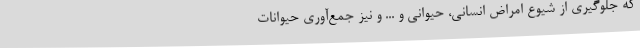
که جلوگیری از شیوع امراض انسانی، حیوانی و ... و نیز جمع‌آوری حیوانات